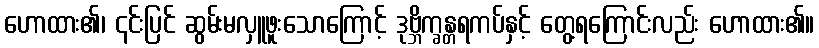
ဟောထား၏၊ ၎င်းပြင် ဆွမ်းမလှူဖူးသောကြောင့် ဒုဗ္ဘိက္ခန္တရကပ်နှင့် တွေ့ရကြောင်းလည်း ဟောထား၏။